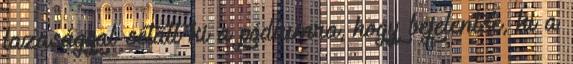
lazasággal sétált ki a pódiumra, hogy bejelentse, ki a